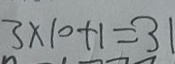
3 \times 1 0 + 1 = 3 1